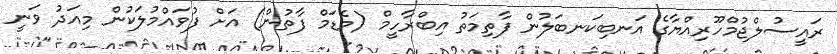
ރައީސުލްޖުމްހޫރިއްޔާގެ އަނބިކަނބަލުން ފާތިމަތު އިބްރާހީމް (މެޑަމް ފާތުން) އަށް ފުވައްމުލަކުން މިއަދު ވަނީ